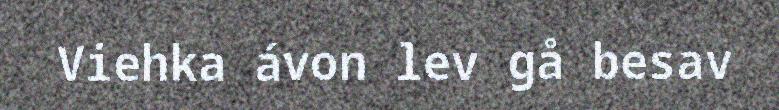
Viehka ávon lev gå besav